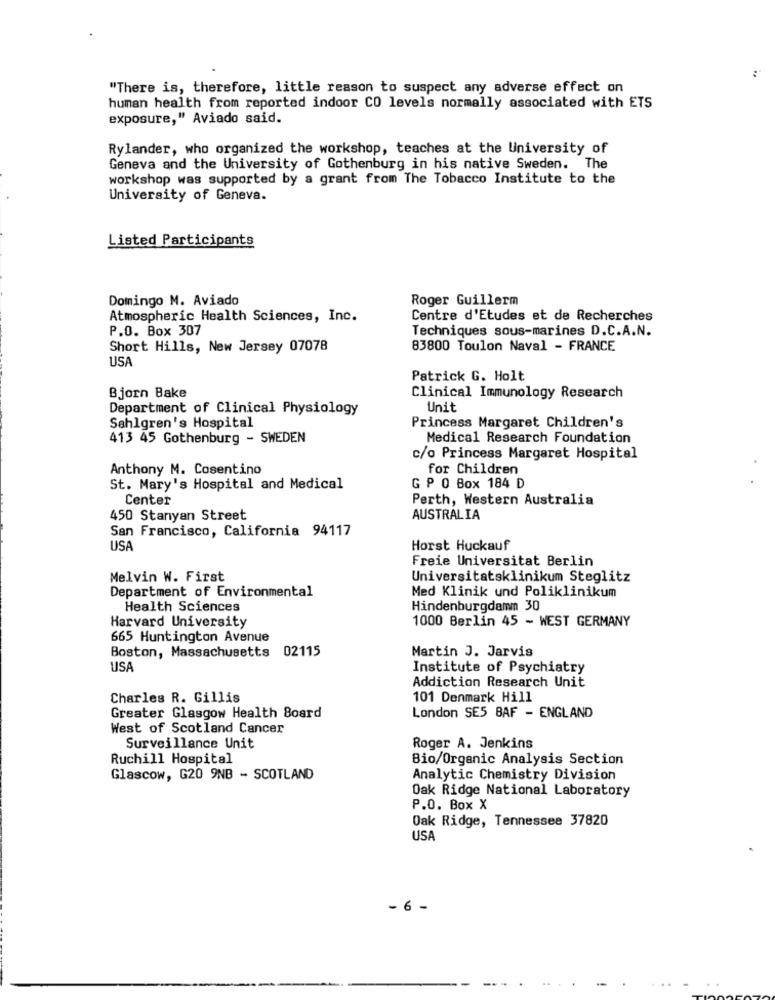
:
"There is, therefore, little reason to suspect any adverse effect on
human health from reported indoor CO levels normally associated with ETS
exposure," Aviado said.
Rylander, who organized the workshop, teaches at the University of
Geneva and the University of Gothenburg in his native Sweden. The
workshop was supported by a grant from The Tobacco Institute to the
University of Geneva.
Listed Participants
Domingo M. Aviado
Roger Guillerm
Atmospheric Health Sciences, Inc.
Centre d'Etudes et de Recherches
P.O. Box 307
Techniques sous-marines D.C.A.N.
Short Hills, New Jersey 07078
83800 Toulon Naval - FRANCE
USA
Patrick G. Holt
Bjorn Bake
Clinical Immunology Research
Department of Clinical Physiology
Unit
Sahlgren's Hospital
Princess Margaret Children's
413 45 Gothenburg - SWEDEN
Medical Research Foundation
c/o Princess Margaret Hospital
Anthony M. Cosentino
for Children
St. Mary's Hospital and Medical
G P O Box 184 D
Center
Perth, Western Australia
450 Stanyan Street
AUSTRALIA
San Francisco, California 94117
USA
Horst Huckauf
Freie Universitat Berlin
Melvin W. First
Universitatsklinikum Steglitz
Department of Environmental
Med Klinik und Poliklinikum
Health Sciences
Hindenburgdamm 30
Harvard University
1000 Berlin 45 - WEST GERMANY
665 Huntington Avenue
Boston, Massachusetts 02115
Martin J. Jarvis
USA
Institute of Psychiatry
Addiction Research Unit
Charles R. Gillis
101 Denmark Hill
London SE5 BAF - ENGLAND
Greater Glasgow Health Board
West of Scotland Cancer
Surveillance Unit
Roger A. Jenkins
Ruchill Hospital
Bio/Organic Analysis Section
Glascow, G20 9NB - SCOTLAND
Analytic Chemistry Division
Oak Ridge National Laboratory
P.O. Box X
Oak Ridge, Tennessee 37820
USA
- 6 -